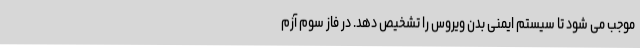
موجب می شود تا سیستم ایمنی بدن ویروس را تشخیص دهد. در فاز سوم آزم